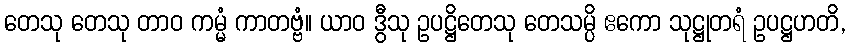
တေသု တေသု တာဝ ကမ္မံ ကာတဗ္ဗံ။ ယာဝ ဒွီသု ဥပဋ္ဌိတေသု တေသမ္ပိ ဧကော သုဋ္ဌုတရံ ဥပဋ္ဌဟတိ,